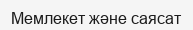
Мемлекет және саясат